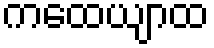
ကထေယျာထ